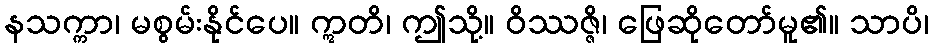
နသက္ကာ၊ မစွမ်းနိုင်ပေ။ ဣတိ၊ ဤသို့။ ဝိဿဇ္ဇိ၊ ဖြေဆိုတော်မူ၏။ သာပိ၊